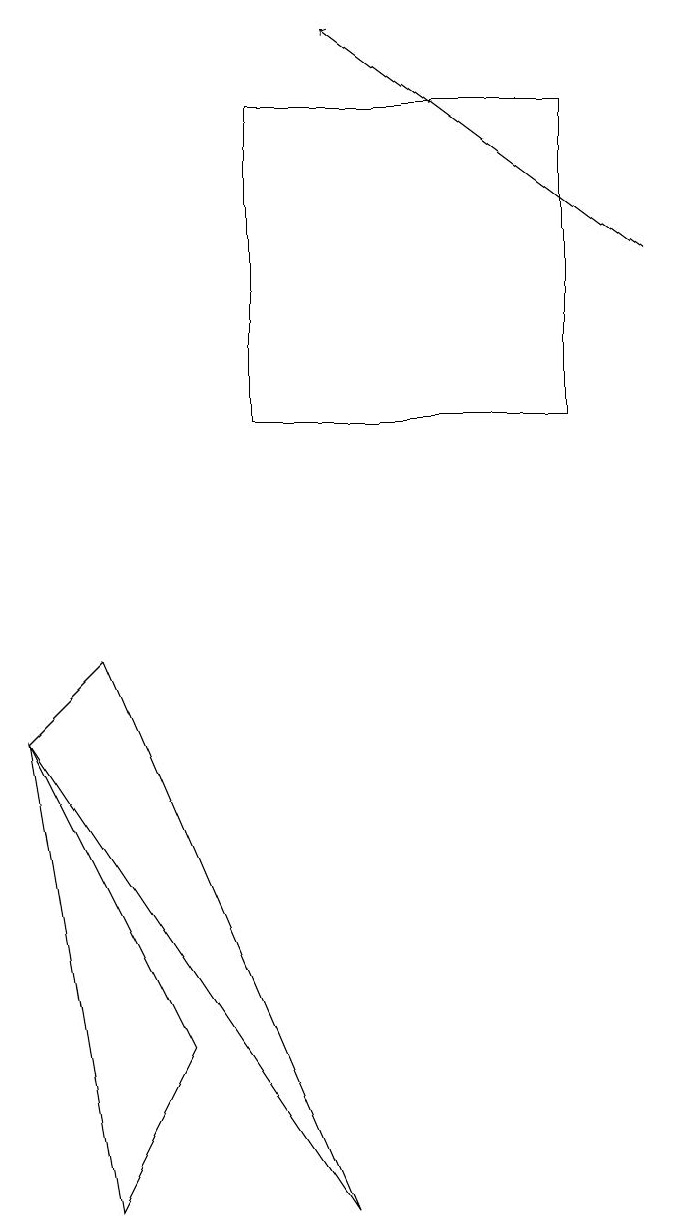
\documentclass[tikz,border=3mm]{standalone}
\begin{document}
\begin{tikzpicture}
\draw[->] (8,12) -- (4,15);
\draw (7,10) rectangle (3,14);
\draw (4,0) -- (1,7) -- (0,6) -- cycle;
\draw (1,0) -- (0,6) -- (2,2) -- cycle;
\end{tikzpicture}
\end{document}